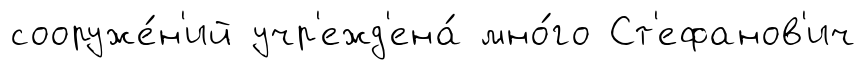
сооруже́н'ий учр'ежд'ена́ мно́го Ст'ефанов'ич